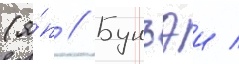
(я́п // Бунъэи /